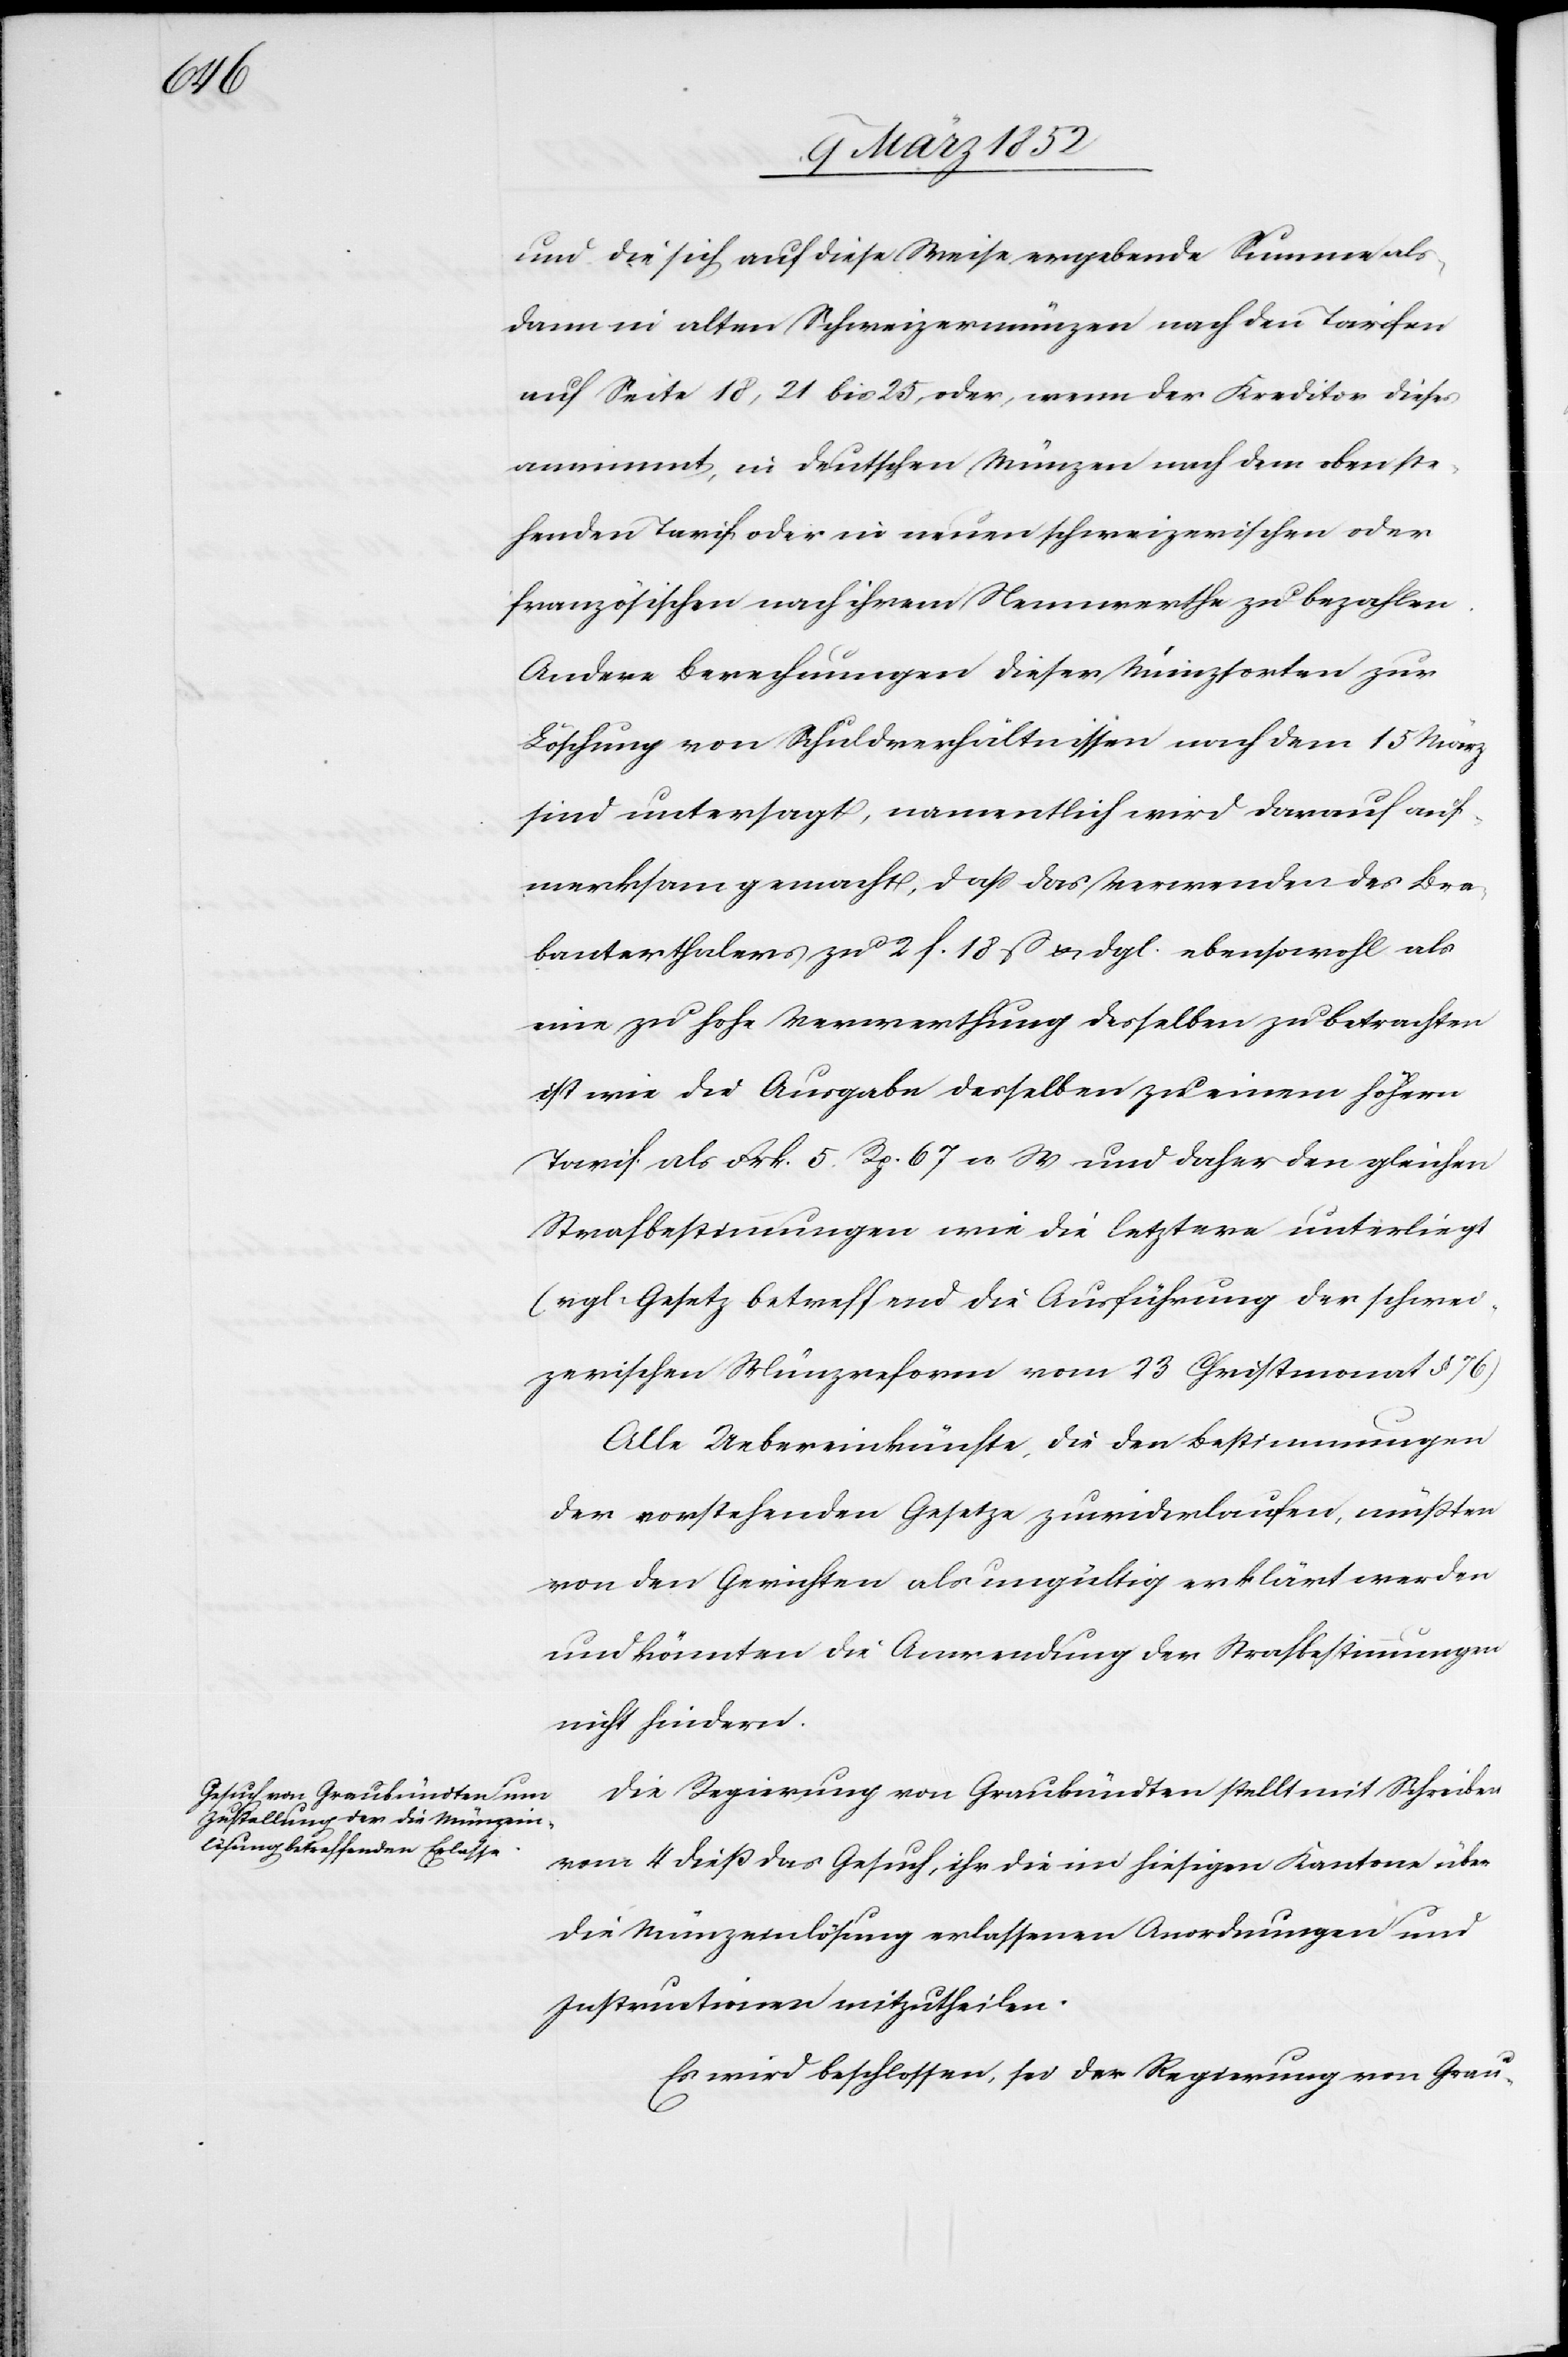
und die sich auf diese Weise ergebende Summe als¬
dann in alten Schweizermünzen nach den Tarifen
auf Seite 18, 21 bis 25, oder, wenn der Kreditor dieses
annimmt, in deutschen Münzen nach dem oben beste¬
henden Tarif oder in neuen schweizerischen oder
französischen nach ihrem Nennwerthe zu bezahlen.
Andere Berechnungen dieser Münzsorten zur
Löschung von Schuldverhältnissen nach dem 15 März
sind untersagt, namentlich wird darauf auf¬
merksam gemacht, daß das Verwenden des Bra¬
banterthalers zu 2 f. 18 ß u. dgl. ebensowohl als
eine zu hohe Verwerthung desselben zu betrachten
ist wie die Ausgabe desselben zu einem höhern
Tarif als Frk. 5. Rp. 67 n. W und daher den gleichen
Staatsbestimmungen wie die letztere unterliegt
(vgl. Gesetz betreffend die Ausführung der schwei¬
zerischen Münzreform vom 23 Christmonat § 76).
Alle Uebereinkünfte, die den Bestimmungen
der vorstehenden Gesetze zuwiderlaufen, müßten
von den Gerichten als ungültig erklärt werden
und könnten die Anwendung der Strafbestimmungen
nicht hindern.
Die Regierung von Graubündten stellt mit Schreiben
vom 4 dieß das Gesuch, ihr die im hiesigen Kantone über
die Münzeinlösung erlassenen Anordnungen und
Instructionen mitzutheilen.
Es wird beschlossen, sei der Regierung von Grau-